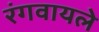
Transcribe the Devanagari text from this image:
रंगवायले